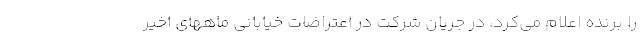
را برنده اعلام می‌کرد، در جریان شرکت در اعتراضات خیابانی ماههای اخیر